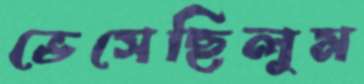
ভেসেছিলুম